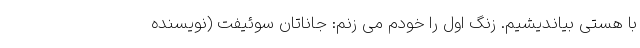
با هستی بیاندیشیم. زنگ اول را خودم می زنم: جاناتان سوئیفت (نویسنده